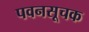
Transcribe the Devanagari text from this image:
पवनसूचक